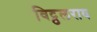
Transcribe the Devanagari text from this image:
विट्ठलराव